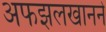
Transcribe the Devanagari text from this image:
अफझलखानने